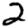
Digit: 2